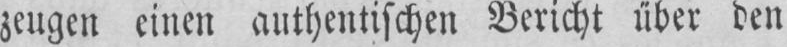
zeugen einen authentischen Bericht über den